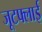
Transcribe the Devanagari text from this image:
जूटफ्लाई